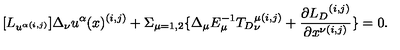
[ { L } _ { u ^ { \alpha ( i , j ) } } ] \Delta _ { \nu } u ^ { \alpha } ( x ) ^ { ( i , j ) } + \Sigma _ { \mu = 1 , 2 } \{ \Delta _ { \mu } E _ { \mu } ^ { - 1 } { { T } _ { D } } _ { \nu } ^ { \mu ( i , j ) } + \frac { \partial { { L } _ { D } } ^ { ( i , j ) } } { \partial x ^ { \nu ( i , j ) } } \} = 0 .